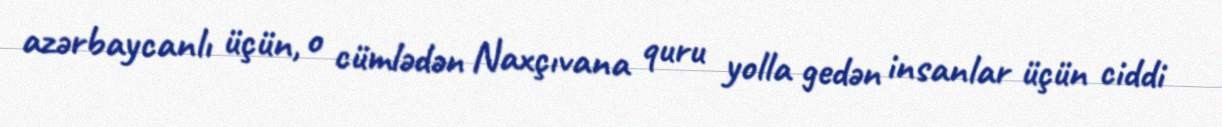
azərbaycanlı üçün, o cümlədən Naxçıvana quru yolla gedən insanlar üçün ciddi